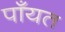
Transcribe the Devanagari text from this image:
पाँयत